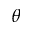
\theta